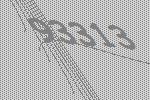
93313